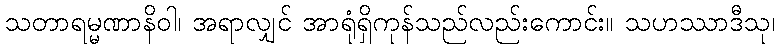
သတာရမ္မဏာနိဝါ၊ အရာလျှင် အာရုံရှိကုန်သည်လည်းကောင်း။ သဟဿာဒီသု၊